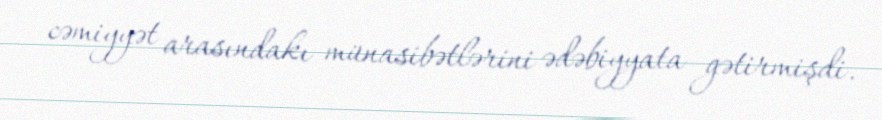
cəmiyyət arasındakı münasibətlərini ədəbiyyata gətirmişdi.